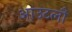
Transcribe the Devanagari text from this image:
आउटलौ